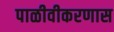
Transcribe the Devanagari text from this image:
पाळीवीकरणास